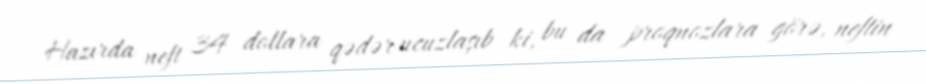
Hazırda neft 34 dollara qədər ucuzlaşıb ki, bu da proqnozlara görə, neftin